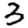
Digit: 3